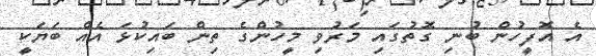
އެ އޮފީހުން ބުނި ގޮތުގައި މަރުވި މީހުންގެ ތިން ބައިކުޅަ އެއް ބަޔަކީ